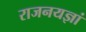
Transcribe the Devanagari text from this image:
राजनयज्ञां